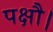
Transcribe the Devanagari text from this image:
पक्षौ।